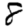
Digit: 8